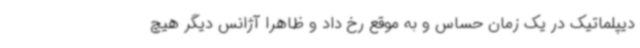
دیپلماتیک در یک زمان حساس و به موقع رخ داد و ظاهرا آژانس دیگر هیچ